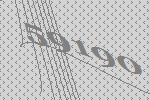
59190